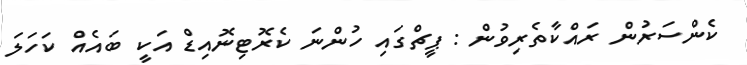
ކެންސަރުން ރައްކާތެރިވުން : ޕީޗްގައި ހުންނަ ކެރޮޓިނޮއިޑް އަކީ ބައެއް ކަހަލަ